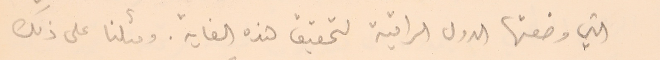
التي وضعتها الدول الراقية لتحقيق هذه الغاية. ومثلنا على ذلك